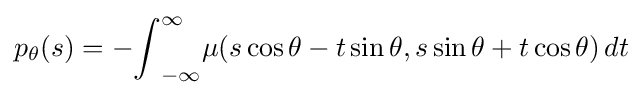
p_{\theta }(s)=-{\int }_{-\infty }^{\infty }\mu (s\cos \theta -t\sin \theta ,s\sin \theta +t\cos \theta )\,dt